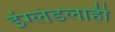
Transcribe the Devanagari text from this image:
इंग्लंडलाही